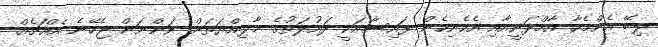
ލިބޭ އެންމެހާ އާމްދަނީއާއި އެހެނިހެން ފައިސާއަކީ ދައުލަތުގެ މާލިއްޔަތަށް ވަންނަން ޖެހޭނެ އެއްޗެއް